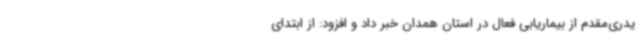
یدری‌مقدم از بیماریابی فعال در استان همدان خبر داد و افزود: از ابتدای